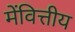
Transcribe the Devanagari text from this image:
मेंवित्तीय